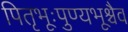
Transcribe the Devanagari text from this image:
पितृभूःपुण्यभूश्चैव